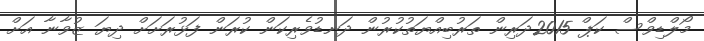
މޯލްޑިވްސް ކަޕް 2015ދަރިން ތަރުބިއްޔަތުކުރުން ދަނޑުވެރިކަން ކުރަން ފަޅުރަށަށް ދިޔަ ޒުވާނާ އަށް